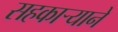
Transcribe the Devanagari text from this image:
सहकार्‍याने